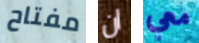
مفتاح ان معي